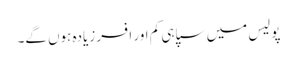
پولیس میں سپاہی کم اور افسر زیادہ ہوں گے۔